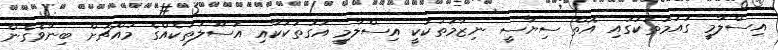
އިސްލާމީ ގައުމުތަކުގައި އޮތް ސިޔާސީ ނިޒާމުތަކަކީ އިސްލާމީ އަގުތަކަކާއި އުސޫލުތަކެއްގެ މައްޗަށް ބިނާވެގެން